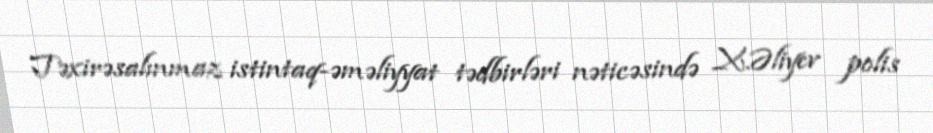
Təxirəsalınmaz istintaq-əməliyyat tədbirləri nəticəsində X.Əliyev polis